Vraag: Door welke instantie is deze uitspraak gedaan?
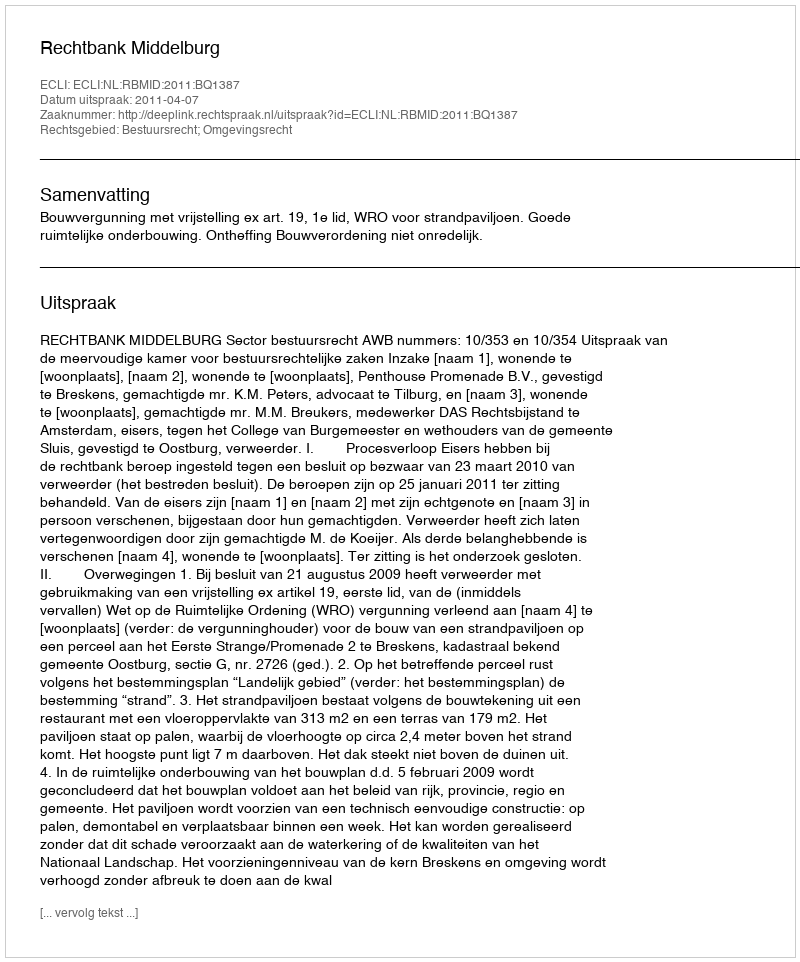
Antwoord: Rechtbank Middelburg